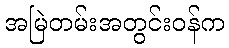
အမြဲတမ်းအတွင်းဝန်က